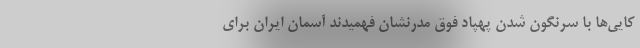
کایی‌ها با سرنگون شدن پهپاد فوق مدرنشان فهمیدند آسمان ایران برای